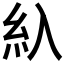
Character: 𰫗